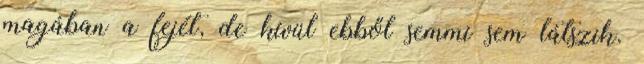
magában a fejét, de kívül ebből semmi sem látszik.